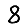
Digit: 8